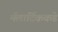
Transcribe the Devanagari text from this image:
मॅलार्टिककडे